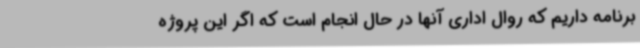
برنامه داریم که روال اداری آنها در حال انجام است که اگر این پروژه